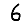
Digit: 6